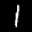
Label: 1